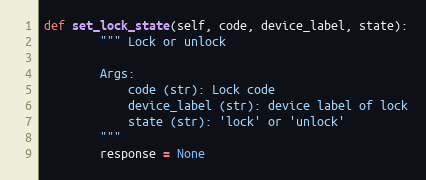
Language: Python
def set_lock_state(self, code, device_label, state):
        """ Lock or unlock

        Args:
            code (str): Lock code
            device_label (str): device label of lock
            state (str): 'lock' or 'unlock'
        """
        response = None